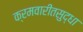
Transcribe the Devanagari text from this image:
क्रमवारीतसुद्धा